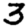
Digit: 3